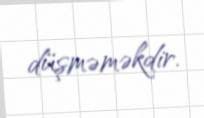
düşməməkdir.